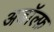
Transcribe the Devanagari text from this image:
अडॉल्फ़